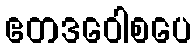
ဧတဒဝေါစပေ